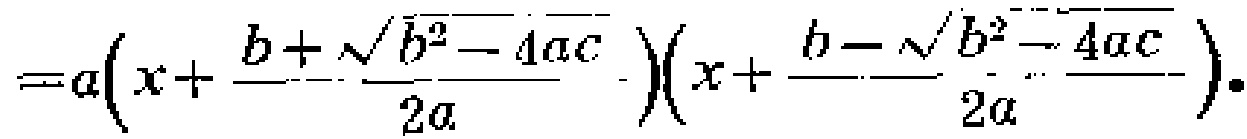
\[=a\left(x + \frac{b + \sqrt{b^{2}-4ac}}{2a}\right)\left(x + \frac{b - \sqrt{b^{2}-4ac}}{2a}\right).\]